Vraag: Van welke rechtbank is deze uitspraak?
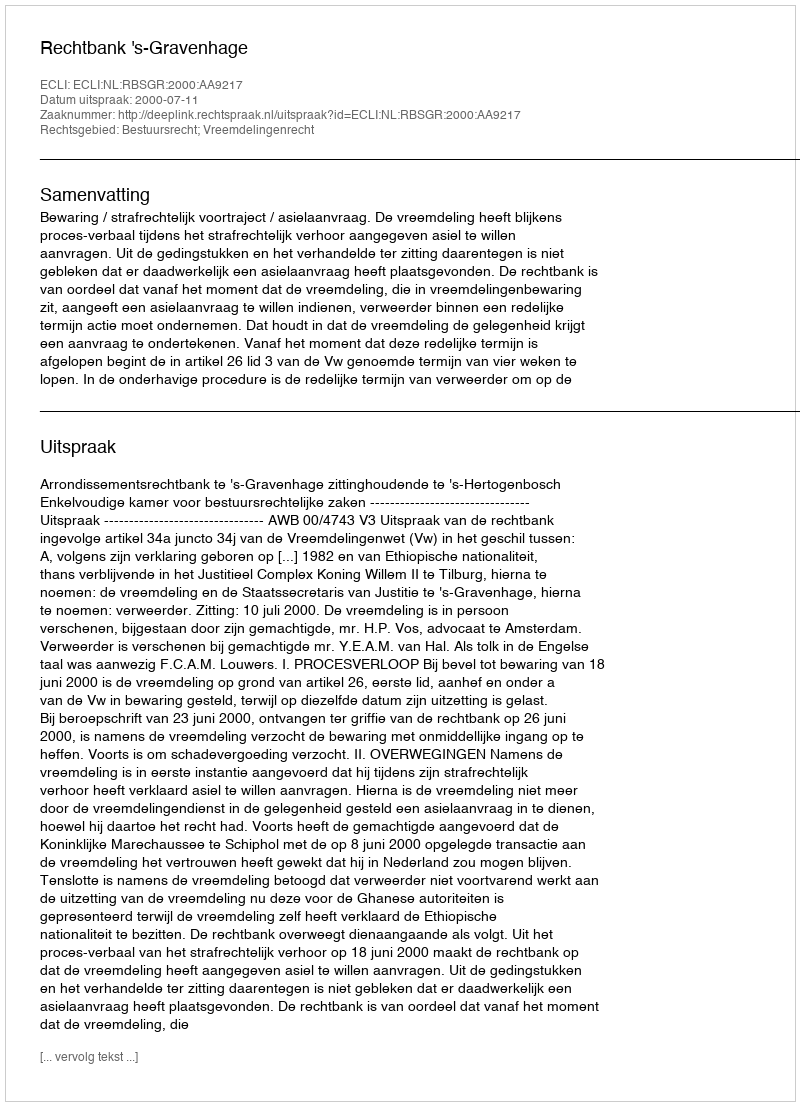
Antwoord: Rechtbank 's-Gravenhage